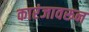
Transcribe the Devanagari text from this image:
कारंजावरून